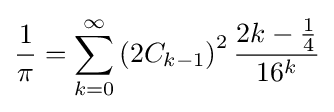
{\frac {1}{\pi }}=\sum _{k=0}^{\infty }\left(2C_{k-1}\right)^{2}{\frac {2k-{\frac {1}{4}}}{16^{k}}}